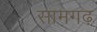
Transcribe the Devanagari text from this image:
सामगढ़